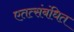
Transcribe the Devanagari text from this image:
एतत्संबंधित